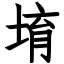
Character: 堉